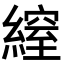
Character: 𦄔